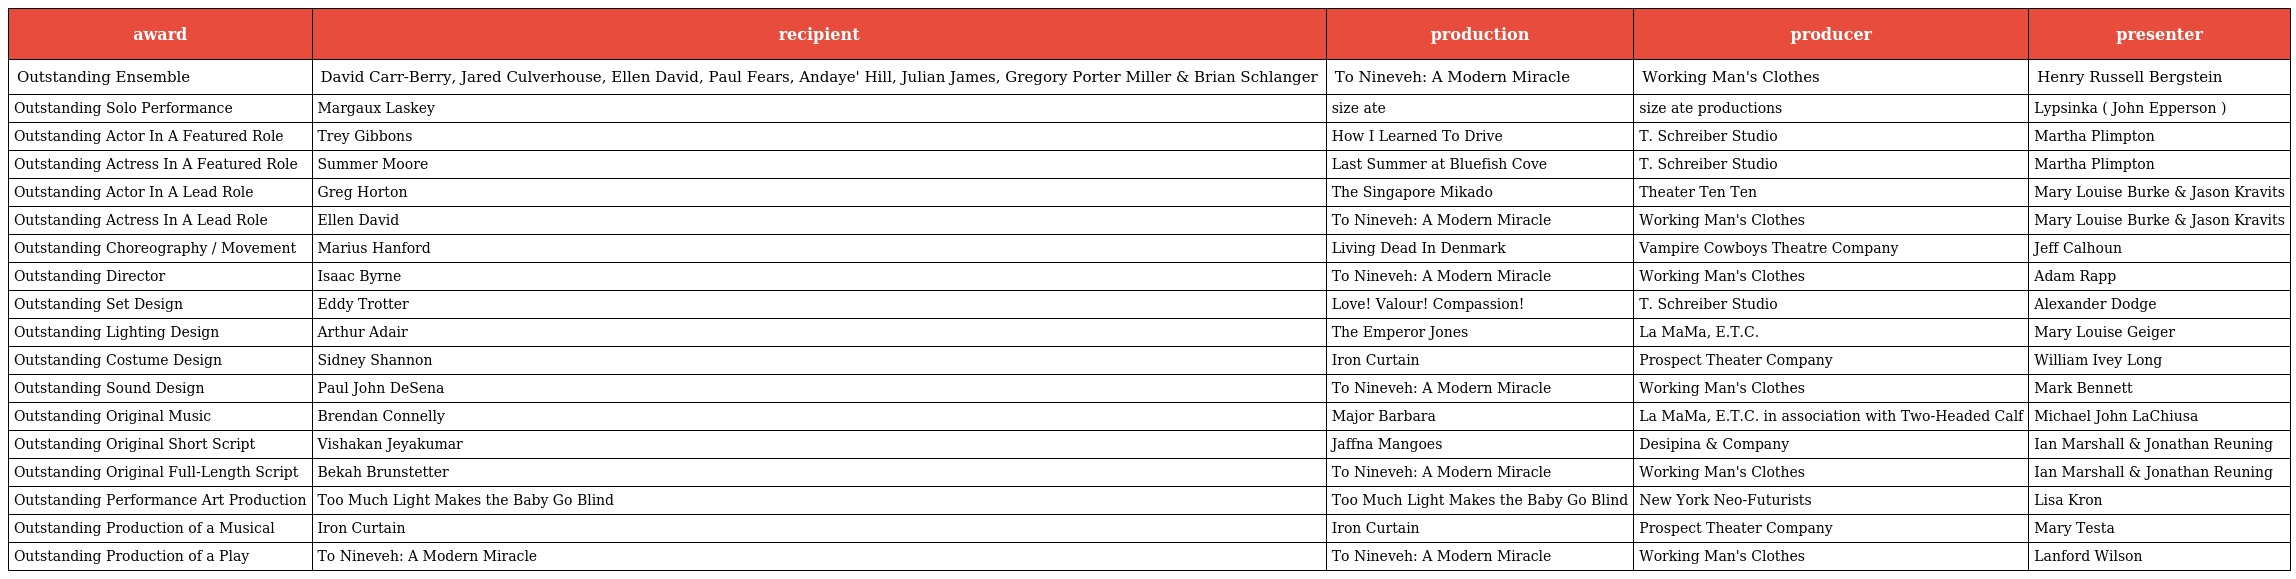
| award | recipient | production | producer | presenter |
 | --- | --- | --- | --- | --- |
 | Outstanding Ensemble | David Carr-Berry, Jared Culverhouse, Ellen David, Paul Fears, Andaye' Hill, Julian James, Gregory Porter Miller & Brian Schlanger | To Nineveh: A Modern Miracle | Working Man's Clothes | Henry Russell Bergstein |
 | Outstanding Solo Performance | Margaux Laskey | size ate | size ate productions | Lypsinka ( John Epperson ) |
 | Outstanding Actor In A Featured Role | Trey Gibbons | How I Learned To Drive | T. Schreiber Studio | Martha Plimpton |
 | Outstanding Actress In A Featured Role | Summer Moore | Last Summer at Bluefish Cove | T. Schreiber Studio | Martha Plimpton |
 | Outstanding Actor In A Lead Role | Greg Horton | The Singapore Mikado | Theater Ten Ten | Mary Louise Burke & Jason Kravits |
 | Outstanding Actress In A Lead Role | Ellen David | To Nineveh: A Modern Miracle | Working Man's Clothes | Mary Louise Burke & Jason Kravits |
 | Outstanding Choreography / Movement | Marius Hanford | Living Dead In Denmark | Vampire Cowboys Theatre Company | Jeff Calhoun |
 | Outstanding Director | Isaac Byrne | To Nineveh: A Modern Miracle | Working Man's Clothes | Adam Rapp |
 | Outstanding Set Design | Eddy Trotter | Love! Valour! Compassion! | T. Schreiber Studio | Alexander Dodge |
 | Outstanding Lighting Design | Arthur Adair | The Emperor Jones | La MaMa, E.T.C. | Mary Louise Geiger |
 | Outstanding Costume Design | Sidney Shannon | Iron Curtain | Prospect Theater Company | William Ivey Long |
 | Outstanding Sound Design | Paul John DeSena | To Nineveh: A Modern Miracle | Working Man's Clothes | Mark Bennett |
 | Outstanding Original Music | Brendan Connelly | Major Barbara | La MaMa, E.T.C. in association with Two-Headed Calf | Michael John LaChiusa |
 | Outstanding Original Short Script | Vishakan Jeyakumar | Jaffna Mangoes | Desipina & Company | Ian Marshall & Jonathan Reuning |
 | Outstanding Original Full-Length Script | Bekah Brunstetter | To Nineveh: A Modern Miracle | Working Man's Clothes | Ian Marshall & Jonathan Reuning |
 | Outstanding Performance Art Production | Too Much Light Makes the Baby Go Blind | Too Much Light Makes the Baby Go Blind | New York Neo-Futurists | Lisa Kron |
 | Outstanding Production of a Musical | Iron Curtain | Iron Curtain | Prospect Theater Company | Mary Testa |
 | Outstanding Production of a Play | To Nineveh: A Modern Miracle | To Nineveh: A Modern Miracle | Working Man's Clothes | Lanford Wilson |